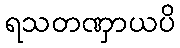
ရသတဏှာယပိ